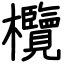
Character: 欖